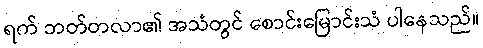
ရက် ဘတ်တလာ၏ အသံတွင် စောင်းမြောင်းသံ ပါနေသည်။